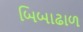
બિબાઢાળ